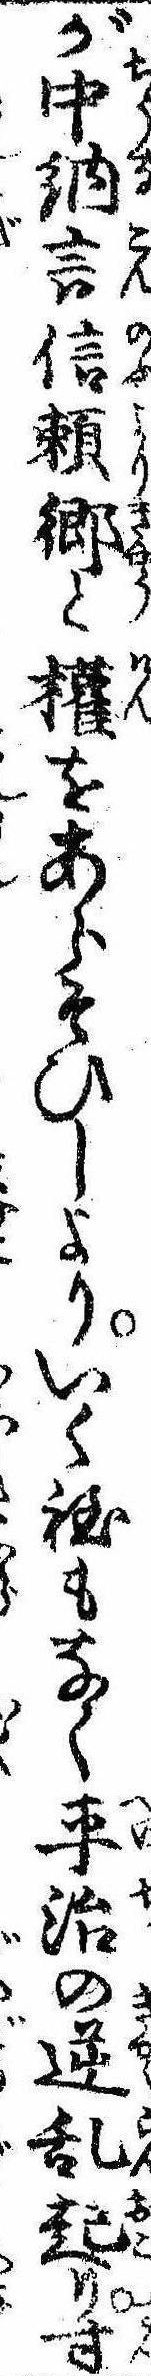
が中納言信頼郷と権をあらそひしよりいく程もなく平治の逆乱起り寸